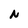
Character: N